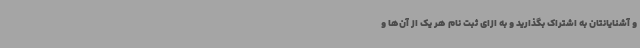
و آشنایانتان به اشتراک بگذارید و به ازای ثبت نام هر یک از آن‌ها و